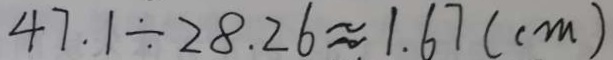
4 7 . 1 \div 2 8 . 2 6 \approx 1 . 6 7 ( c m )